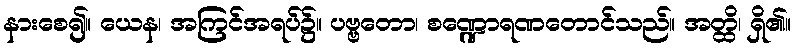
နားစေ၍။ ယေန၊ အကြင်အရပ်၌။ ပဗ္ဗတော၊ စဏ္ဍောရဏတောင်သည်။ အတ္ထိ၊ ရှိ၏။